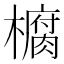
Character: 𭬙